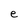
Character: e